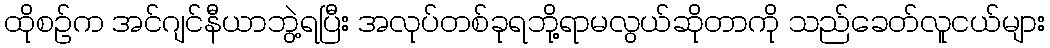
ထိုစဉ်က အင်ဂျင်နီယာဘွဲ့ရပြီး အလုပ်တစ်ခုရဘို့ရာမလွယ်ဆိုတာကို သည်ခေတ်လူငယ်များ